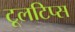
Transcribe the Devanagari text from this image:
टूलटिप्स